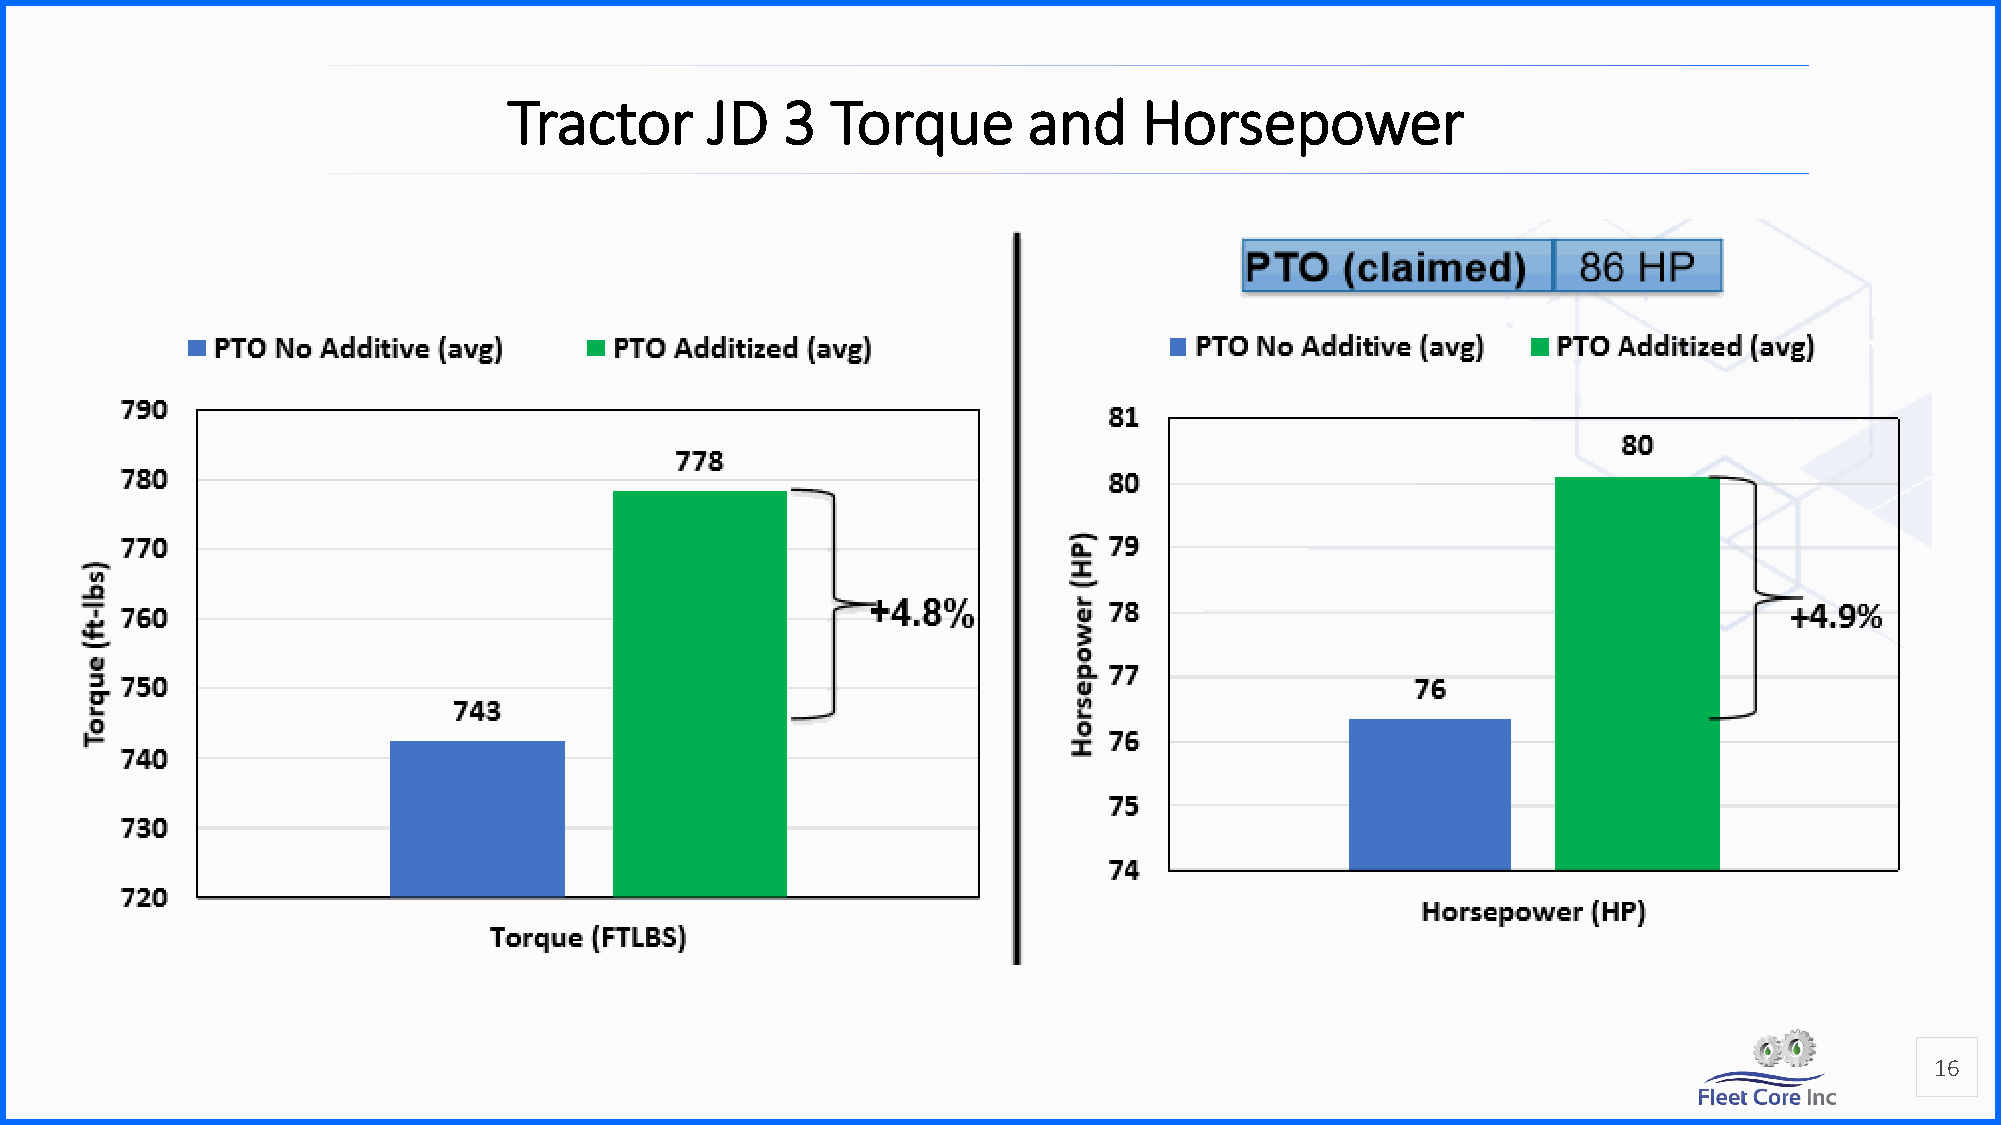
Tractor      JD   3  Torque       and     Horsepower
 16